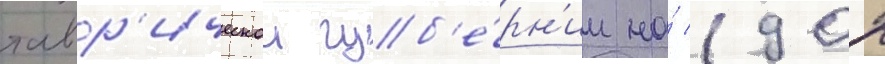
тавр'ическои губ'е́рн'ии на́ 1902